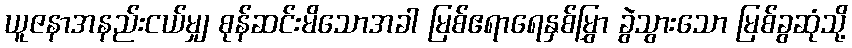
ယူဇနာအနည်းငယ်မျှ စုန်ဆင်းမိသောအခါ မြစ်ဧရာရေနှစ်မြွှာ ခွဲသွားသော မြစ်ခွဆုံသို့